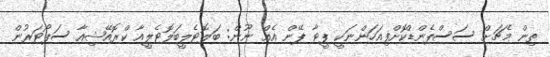
ތިން މެޗަށް ސަސްޕެންޑްކޮށްފިއަހަންނަކީ ޕީޓާ ޕޭން އެއް ނޫން: ބަލޮޓެލީބަލޮޓެލީއާ ކްރޮއޭޝިއާ ސަޕޯޓަރުން